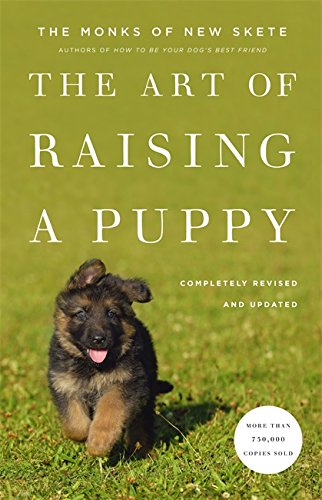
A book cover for The Art of Raising a Puppy (Revised Edition); Monks of New Skete; Crafts, Hobbies & Home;